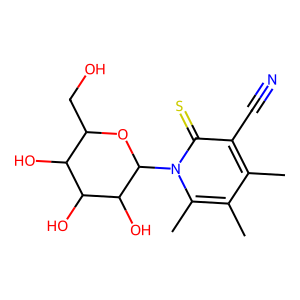
SMILES: Cc1c(C)c(C)n(C2OC(CO)C(O)C(O)C2O)c(=S)c1C#N
Inhibits HIV replication: No